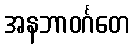
အနဘာဝင်္ဂတေ